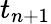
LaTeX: t_{n+1}